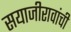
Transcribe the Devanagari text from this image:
सयाजीरावांची